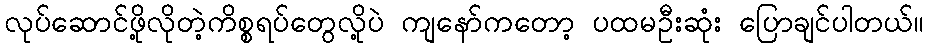
လုပ်ဆောင်ဖို့လိုတဲ့ကိစ္စရပ်တွေလို့ပဲ ကျနော်ကတော့ ပထမဦးဆုံး ပြောချင်ပါတယ်။